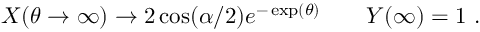
{ \cal X } ( \theta \to \infty ) \to 2 \cos ( \alpha / 2 ) e ^ { - \exp ( \theta ) } \qquad { \cal Y } ( \infty ) = 1 \ .